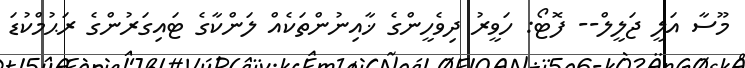
މޫސާ އަލީ ޖަލީލް-- ފޮޓޯ: ހަވީރު ދިވެހީންގެ ޚާއިނުންތަކެއް ލަންކާގެ ޓައިގަރުންގެ ރަޙުމްކުޑަ